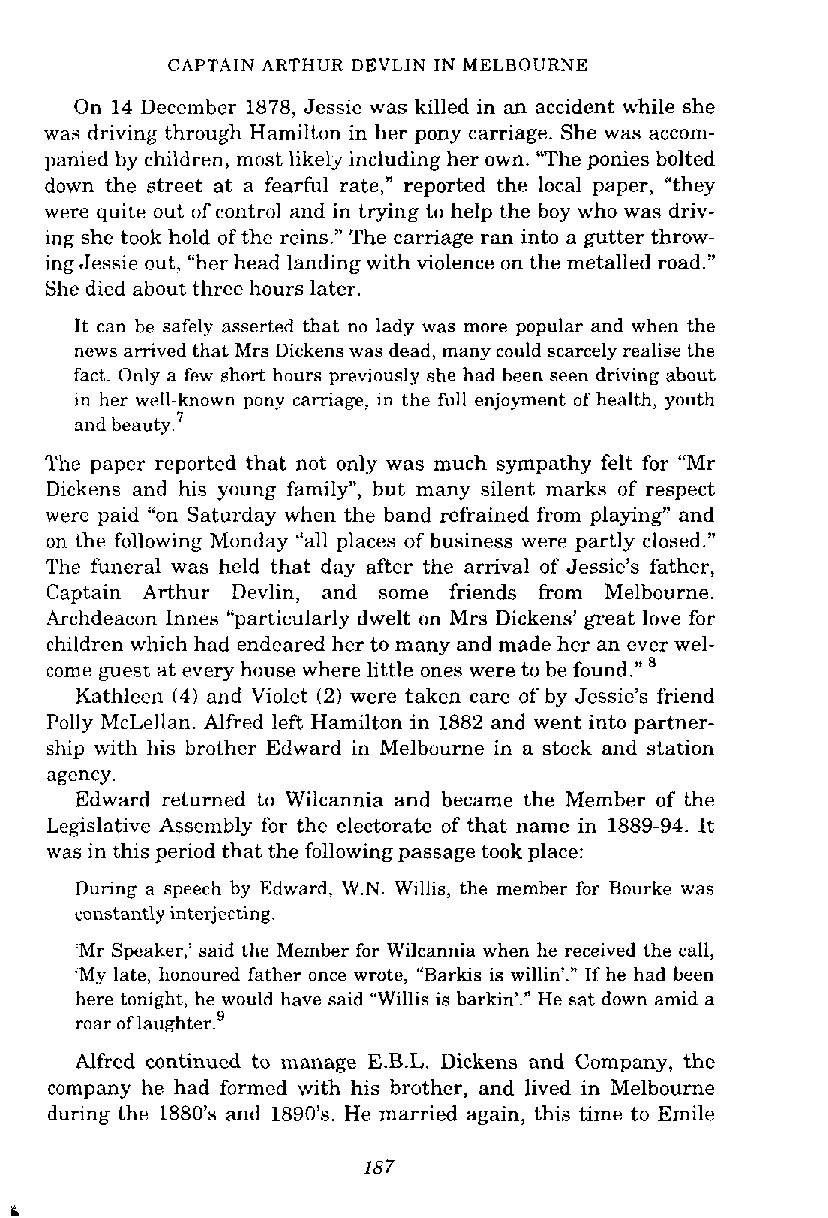
CAPTAIN ARTHUR DEVLIN IN MELBOURNE
 On 14 December 1878, Jessie was killed in an accident while she
 was driving through Hamilton in her pony carriage. She was accom-
 panied by children, most likely including her own. "The ponies bolted
 down the street at a fearful rate," reported the local paper, "they
 were quite out of control and in trying to help the boy who was driv-
 ing she took hold of the reins." The carriage ran into a gutter throw-
 ing Jessie out, "her head landing with violence on the metalled road."
 She died about three hours later.
 It can be safely asserted that no lady was more popular and when the
 news arrived that Mrs Dickens was dead, many could scarcely realise the
 fact. Only a few short hours previously she had been seen driving about
 in her well-known pony carriage, in the full enjoyment of health, youth
 and beauty.7
 The paper reported that not only was much sympathy felt for "Mr
 Dickens and his young family", but many silent marks of respect
 were paid "on Saturday when the band refrained from playing" and
 on the following Monday "all places of business were partly closed."
 The funeral was held that day after the arrival of Jessie's father,
 Captain Arthur Devlin, and some friends from Melbourne.
 Archdeacon lnnes "particularly dwelt on Mrs Dickens' great love for
 children which had endeared her to many and made her an ever wel-
 come guest at every house where little ones were to be found."
 Kathleen (4) and Violet (2) were taken care of by Jessie's friend
 Polly McLellan. Alfred left Hamilton in 1882 and went into partuer-
 ship with his brother Edward in Melbourne in a stock and station
 agency.
 Edward returned to Wilcannia and became the Member of the
 Legislative Assembly for the electorate of that name in 1889-94. It
 was in this period that the following passage took place:
 During a speech by Edward, W.N. Willis, the member for Bourke was
 constantly interjecting.
 'Mr Speaker,' said the Member for Wilcannia when he received the call,
 'My late, honoured father once wrote, "Barkis is willin'." If he had been
 here tonight, he would have said "Willis is barkin'." He sat down amid a
 roar of laughter.'
 Alfred continued to manage E.B.L. Dickens and Company, the
 company he had formed with his brother, and lived in Melbourne
 during the 1880's and 1890's. He married again, this time to Emile